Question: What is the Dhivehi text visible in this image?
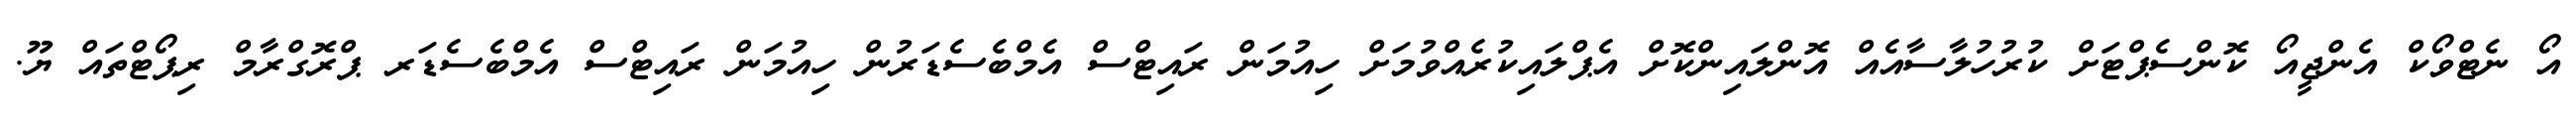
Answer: އޯ ނެޓްވޯކް އެންޖީއޯ ކޮންސެޕްޓަށް ކުރުހުލާސާއެއް އޮންލައިންކޮށް އެޕްލައިކުރެއްވުމަށް ހިއުމަން ރައިޓްސް އެމްބެސެޑަރުން ހިއުމަން ރައިޓްސް އެމްބެސެޑަރ ޕްރޮގްރާމް ރިޕޯޓްތައް ޔޫ.